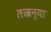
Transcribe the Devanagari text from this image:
लखन्या